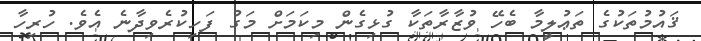
ޤައުމުތަކުގެ ތަޢުލީމާ ބެހޭ ވުޒާރާތަކާ ގުޅިގެން މިކަމަށް މަގު ފަހިކުރެވިދާނެ އެވެ. ހުރިހާ